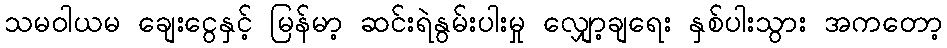
သမဝါယမ ချေးငွေနှင့် မြန်မာ့ ဆင်းရဲနွမ်းပါးမှု လျှော့ချရေး နှစ်ပါးသွား အကတော့